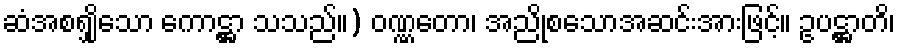
ဆံအစရျှိသော ကောဋ္ဌာ သသည်။) ဝဏ္ဏတော၊ အညိုစသောအဆင်းအားဖြင့်။ ဥပဋ္ဌာတိ၊